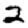
Digit: 2